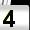
Digit: 4